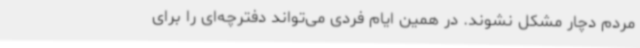
مردم دچار مشکل نشوند. در همین ایام فردی می‌تواند دفترچه‌ای را برای